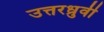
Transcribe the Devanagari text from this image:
उत्तरध्रुवी